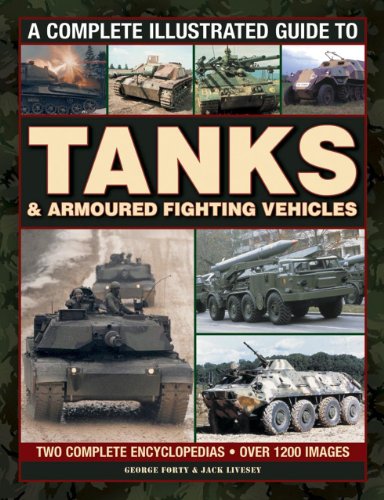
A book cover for A Complete Illustrated Guide to Tanks & Armoured Fighting Vehicles: Two Complete Encyclopedias: Over 1200 Images; George Forty; Reference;